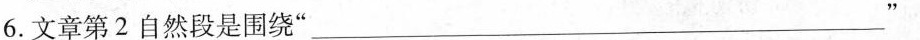
6.文章第2自然段是围绕” ___ ”